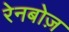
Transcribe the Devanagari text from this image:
रेनबोज़